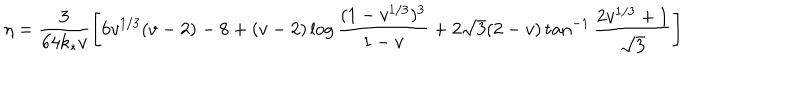
LaTeX: \eta = \frac { 3 } { 6 4 k _ { * } v } \left[ 6 v ^ { 1 / 3 } ( v - 2 ) - 8 + ( v - 2 ) \log \frac { ( 1 - v ^ { 1 / 3 } ) ^ { 3 } } { 1 - v } + 2 \sqrt { 3 } ( 2 - v ) \tan ^ { - 1 } \frac { 2 v ^ { 1 / 3 } + 1 } { \sqrt { 3 } } \right]